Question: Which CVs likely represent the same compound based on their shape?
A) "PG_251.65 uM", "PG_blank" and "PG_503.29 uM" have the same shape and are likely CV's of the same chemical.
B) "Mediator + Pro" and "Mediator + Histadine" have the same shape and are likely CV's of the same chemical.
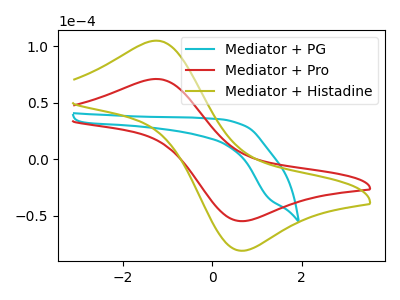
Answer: <think>The cyan curve "Mediator + PG" has no peaks. The red curve "Mediator + Pro" has an anodic peak at (-1.30V, 70.90uA) and a cathodic peak at (0.70V, -54.75uA). The olive curve "Mediator + Histadine" has an anodic peak at (-1.30V, 104.75uA) and a cathodic peak at (0.70V, -80.95uA).
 "Mediator + PG" and "Mediator + Pro" have a different number of peaks. "Mediator + PG" and "Mediator + Histadine" have a different number of peaks. All the peaks in "Mediator + Pro" have a peak in "Mediator + Histadine" at the same potential. Every peak in "Mediator + Pro" is lower than every peak in "Mediator + Histadine".</think>
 <answer>B) "Mediator + Pro" and "Mediator + Histadine" have the same shape and are likely CV's of the same chemical.</answer>
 <eval>B</eval>